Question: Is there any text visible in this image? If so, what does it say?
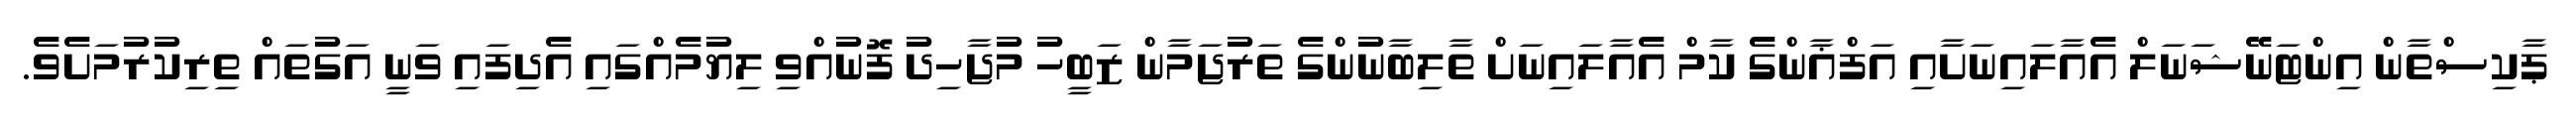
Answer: ޕާކިސްތާން އިންޓަނޭޝަނަލް އެއާލައިނަށާއި އަފްޣާންގެ ކާމް އެއާލައިނަށް ތާލިބާނުންގެ ތަރުޖަމާން ޒަބީހު މުޖާހިދު ފޮނުއްވި ލިޔުމެއްގައި އެދިފައި ވަނީ އަގުތައް ތިރިކުރުމަށެވެ.